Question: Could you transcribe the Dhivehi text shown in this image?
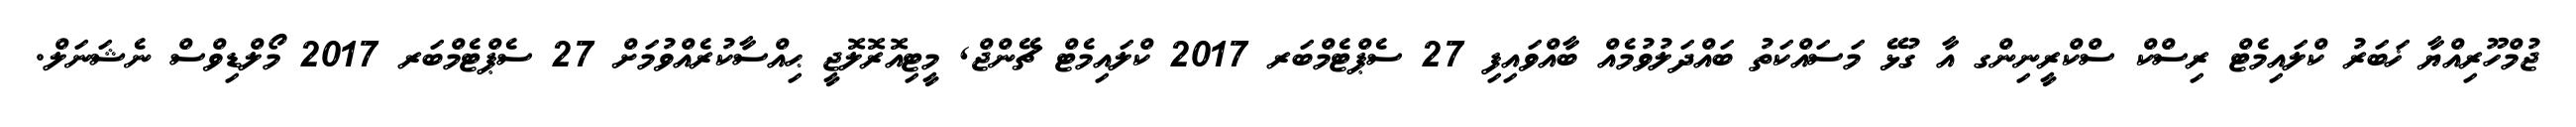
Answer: ޖުމްހޫރިއްޔާ ޚަބަރު ކްލައިމެޓް ރިސްކް ސްކްރީނިންގ އާ ގުޅޭ މަސައްކަތު ބައްދަލުވުމެއް ބާއްވައިފި 27 ސެޕްޓެމްބަރ 2017 ކްލައިމެޓް ޗޭންޖް, މީޓިއޮރޮލޮޖީ ޙިއްސާކުރެއްވުމަށް 27 ސެޕްޓެމްބަރ 2017 މޯލްޑިވްސް ނެޝަނަލް.